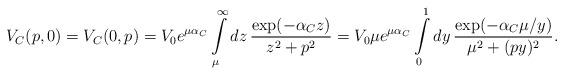
LaTeX: \begin{align*}V_C(p,0) = V_C(0,p) = V_0 e^{\mu \alpha_C}\int\limits_\mu^\infty dz\,\frac{\exp (-\alpha _C z)}{z^2+p^2} =V_0\mu e^{\mu \alpha_C}\int\limits_0^1dy\,\frac{\exp (-\alpha _C\mu /y)}{\mu ^2+(p y)^2}.\end{align*}